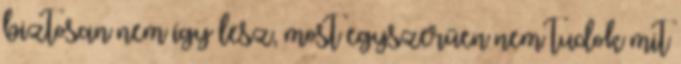
biztosan nem így lesz, most egyszerűen nem tudok mit